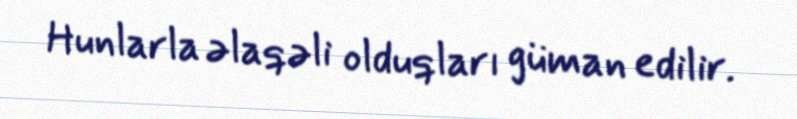
Hunlarla əlaqəli olduqları güman edilir.